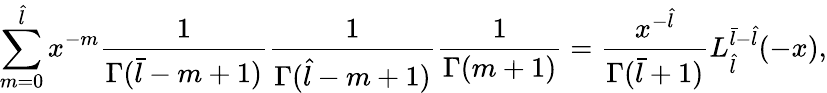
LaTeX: \sum_{m=0}^{\hat{l}}x^{-m}\frac{1}{\Gamma(\bar{l}-m+1)}\frac{1}{\Gamma(\hat{l}-m+1)}\frac{1}{\Gamma(m+1)}=\frac{x^{-\hat{l}}}{\Gamma(\bar{l}+1)}L_{\hat{l}}^{\bar{l}-\hat{l}}(-x),